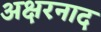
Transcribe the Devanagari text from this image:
अक्षरनाद